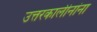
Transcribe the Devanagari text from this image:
उत्तरकालीनांना